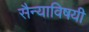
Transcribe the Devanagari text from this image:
सैन्याविषयी